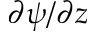
\partial \psi / \partial z